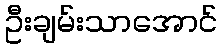
ဦးချမ်းသာအောင်